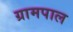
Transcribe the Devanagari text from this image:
ग्रामपाल